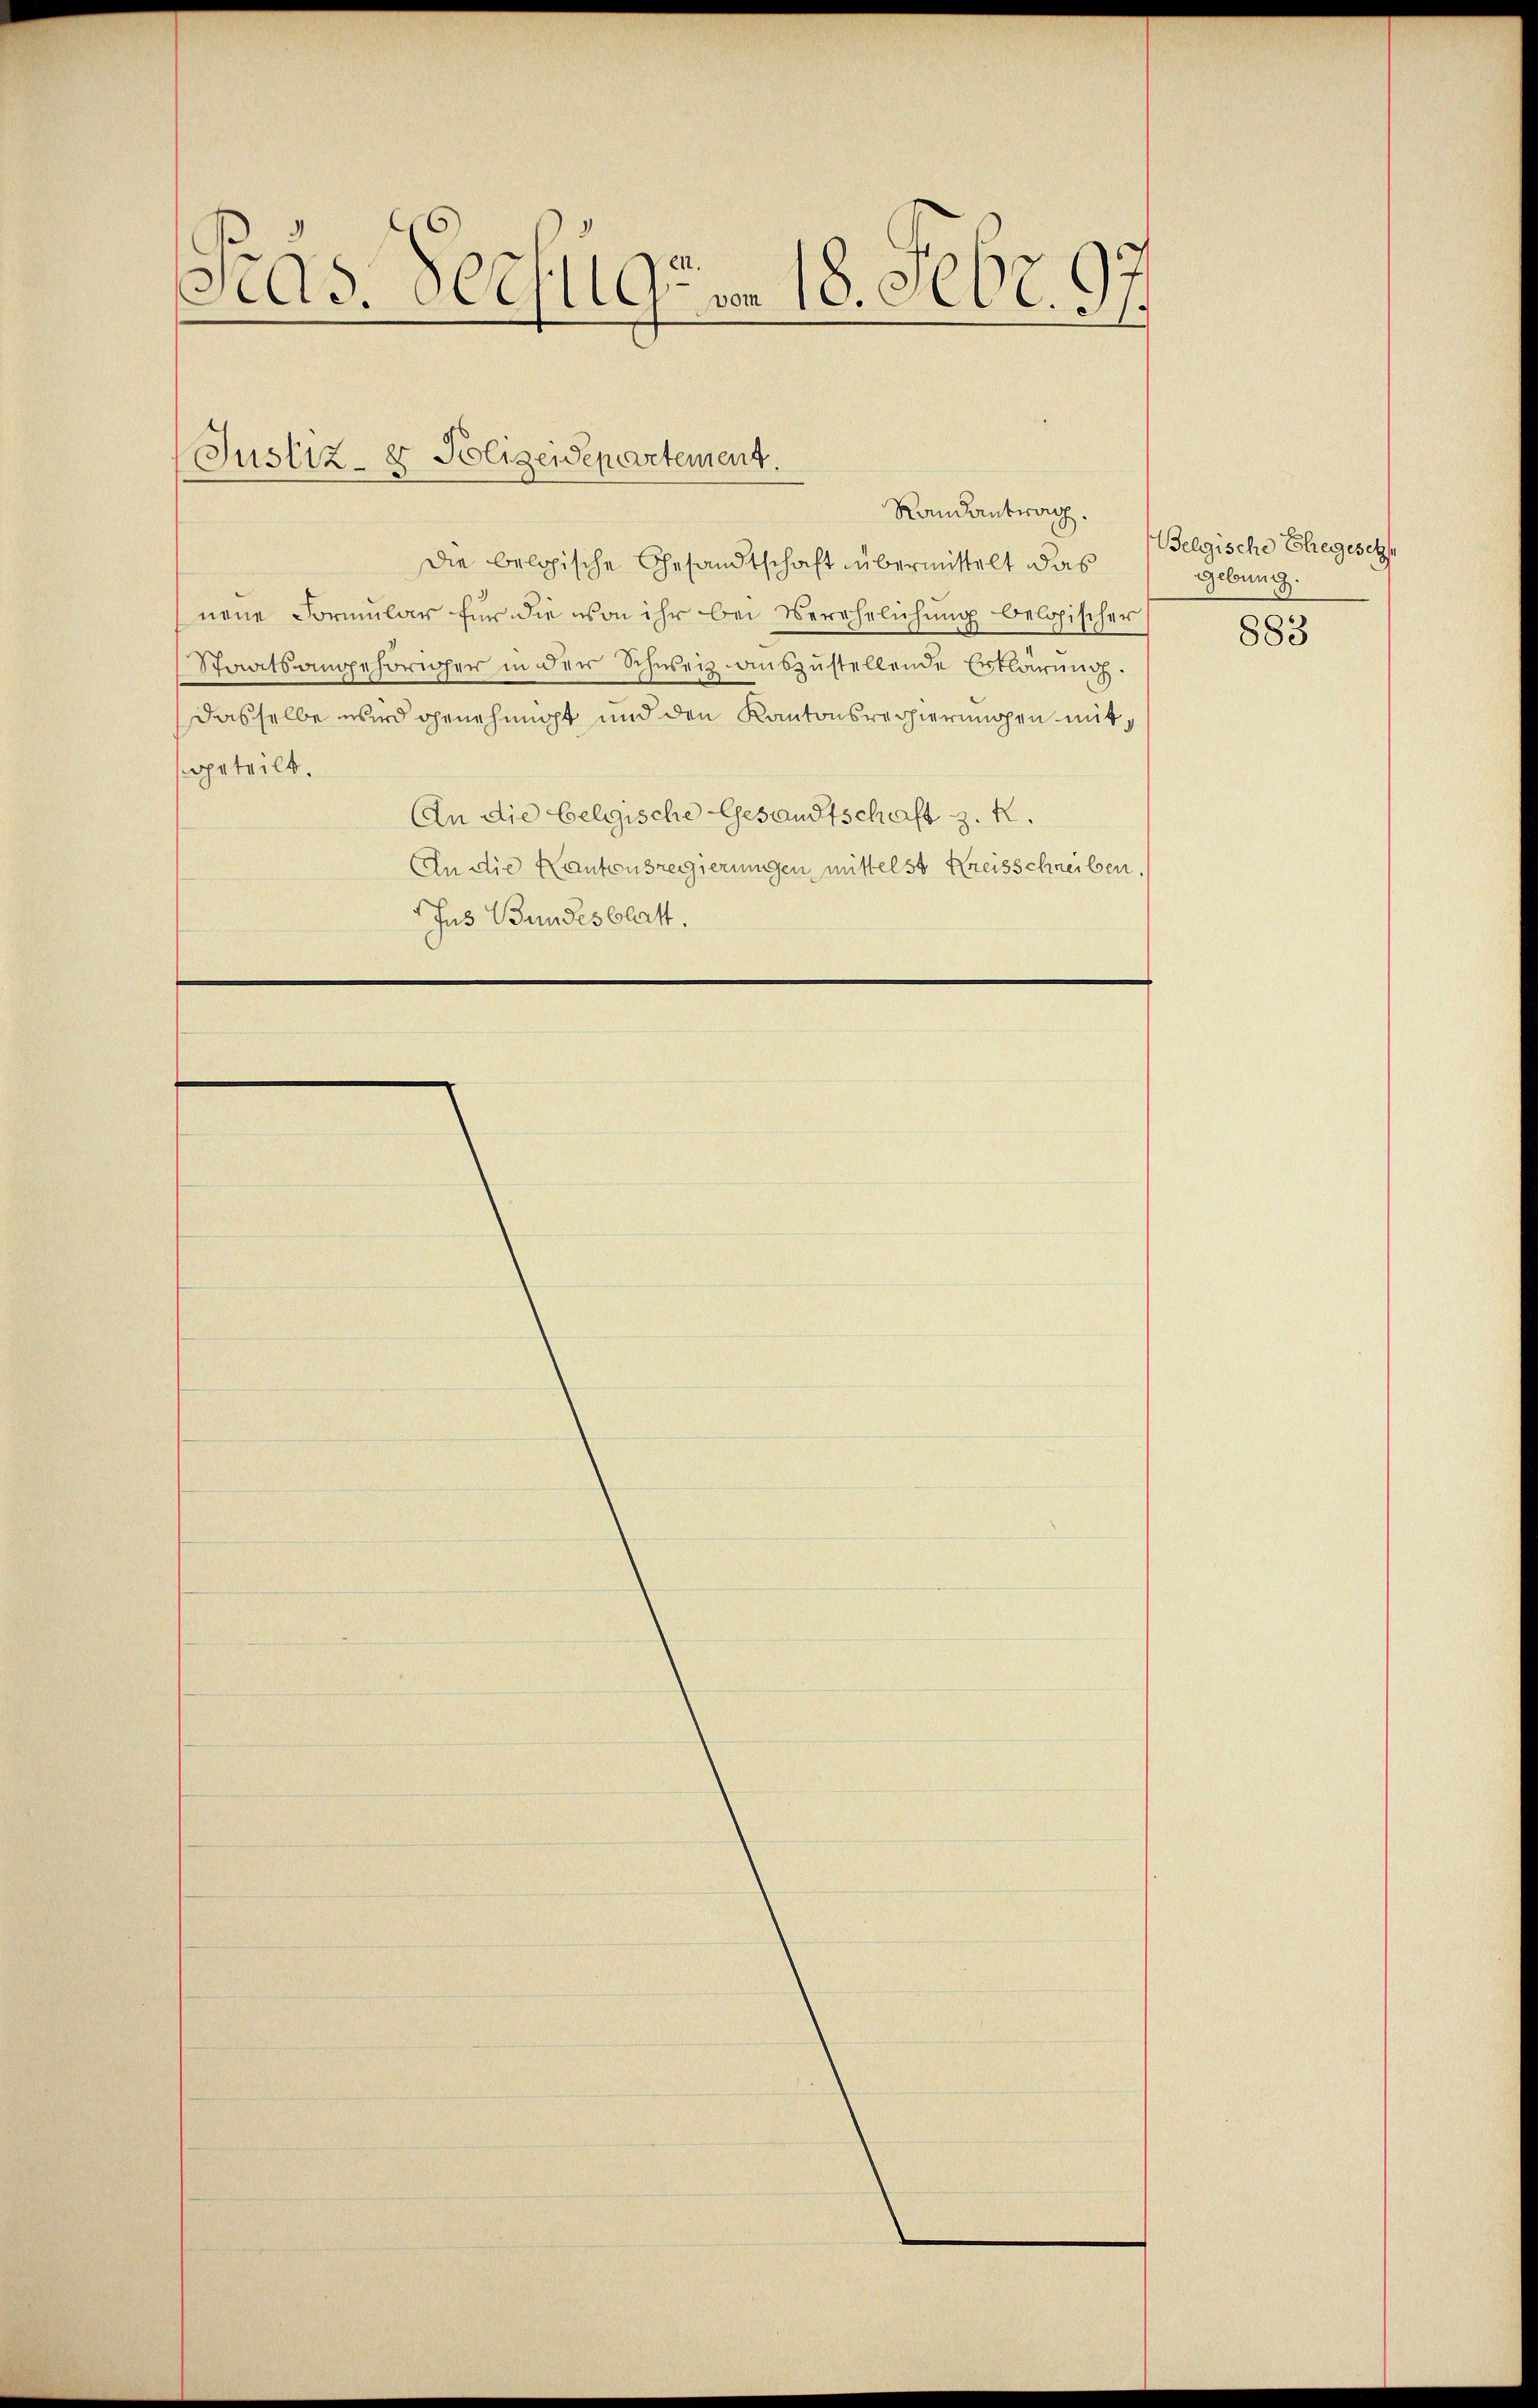
Pras. Schulgum 18. Febr. 97

Justiz- & Polizeidepartement.
Randantrag.

die belopische Gesandtschaft übermittelt das
neue Formular für die von ihr bei Verehelichung belgischer
Staatsangehöriger in der Schweiz auszustellende Erklärung.
dasselbe wird genehmigt und den Kantonsrecherungen mitgeteilt.
An die belgische Gesandtschaft z. R.
An die Kantonsregierungen mittelst Kreisschreiben. (
Jus Bundesblatt.

Belgische Ehegesetz
gebung.
883